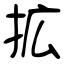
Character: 拡